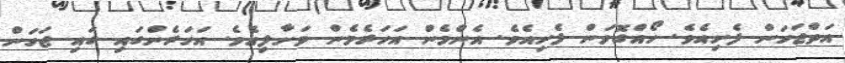
އަތްޖަހަން ފެށިއެވެ. ހޯއްގޮވަން ފެށިއެވެ. އެންމެން އަހަރެމެން ވަށާލިއެވެ. އަހަރެންގައި ގައި ޖަހަން